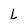
Character: l